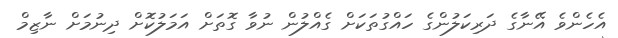
އެހެންވެ އޭނާގެ ދަރިކަލުންގެ ހައްގުތަކަށް ގެއްލުން ނުވާ ގޮތަށް އަމަލުކޮށް ދިނުމަށް ނާޒިމް